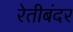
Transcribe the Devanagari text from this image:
रेतीबंदर